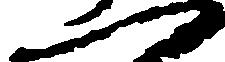
一